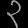
Digit: ၃